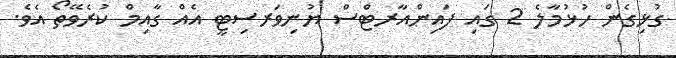
ގުޅިގެން ހުޅުމާލެ 2 ގައި ފައިންއާރޓްސް ޔުނިވަރސިޓީ އެއް ގާއިމް ކުރެވޭތޯ އެވެ.